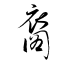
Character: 裔